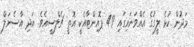
މަދުން ކުޅެ ލީގުގެ އެއްވަނައިގައި 49 ޕޮއިންޓާއެކީ އޮތީ ޗެލްސީއެވެ. އަދި އާސެނަލް